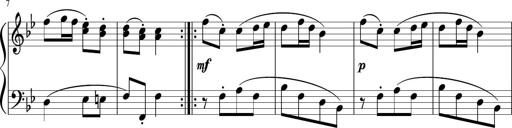
Title: 12 Keyboard Sonatinas
Composer: James Hook